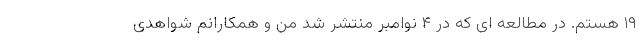
۱۹ هستم. در مطالعه ای که در ۴ نوامبر منتشر شد من و همکارانم شواهدی